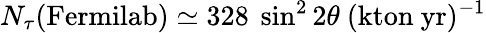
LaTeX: N_{\tau}(\mathrm{Fermilab})\simeq 328~\sin^{2}2\theta~(\mathrm{kton}~\mathrm{yr})^{-1}